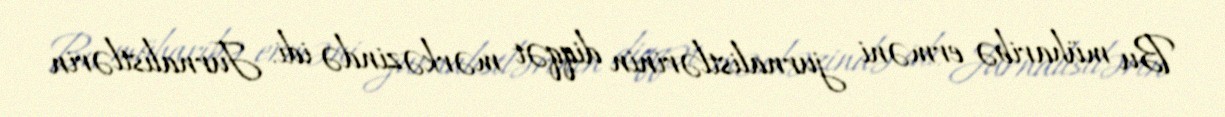
Bu müharibə erməni jurnalistlərinin diqqət mərkəzində idi. Jurnalistlərin